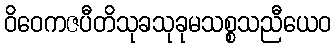
ဝိဝေကဇပီတိသုခသုခုမသစ္စသညီယေဝ